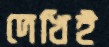
দেখিই